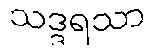
သဒ္ဒရသာ